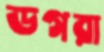
ডগরা